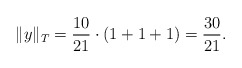
\begin{align*}\|y\|_{T} = \frac{10}{21} \cdot \left(1 + 1 + 1\right) = \frac{30}{21}. \end{align*}